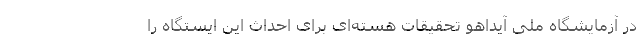
در آزمایشگاه‌ ملی آیداهو تحقیقات هسته‌ای برای احداث این ایستگاه را